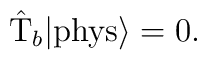
\hat{\rm T}_b |{\rm phys} \rangle = 0.